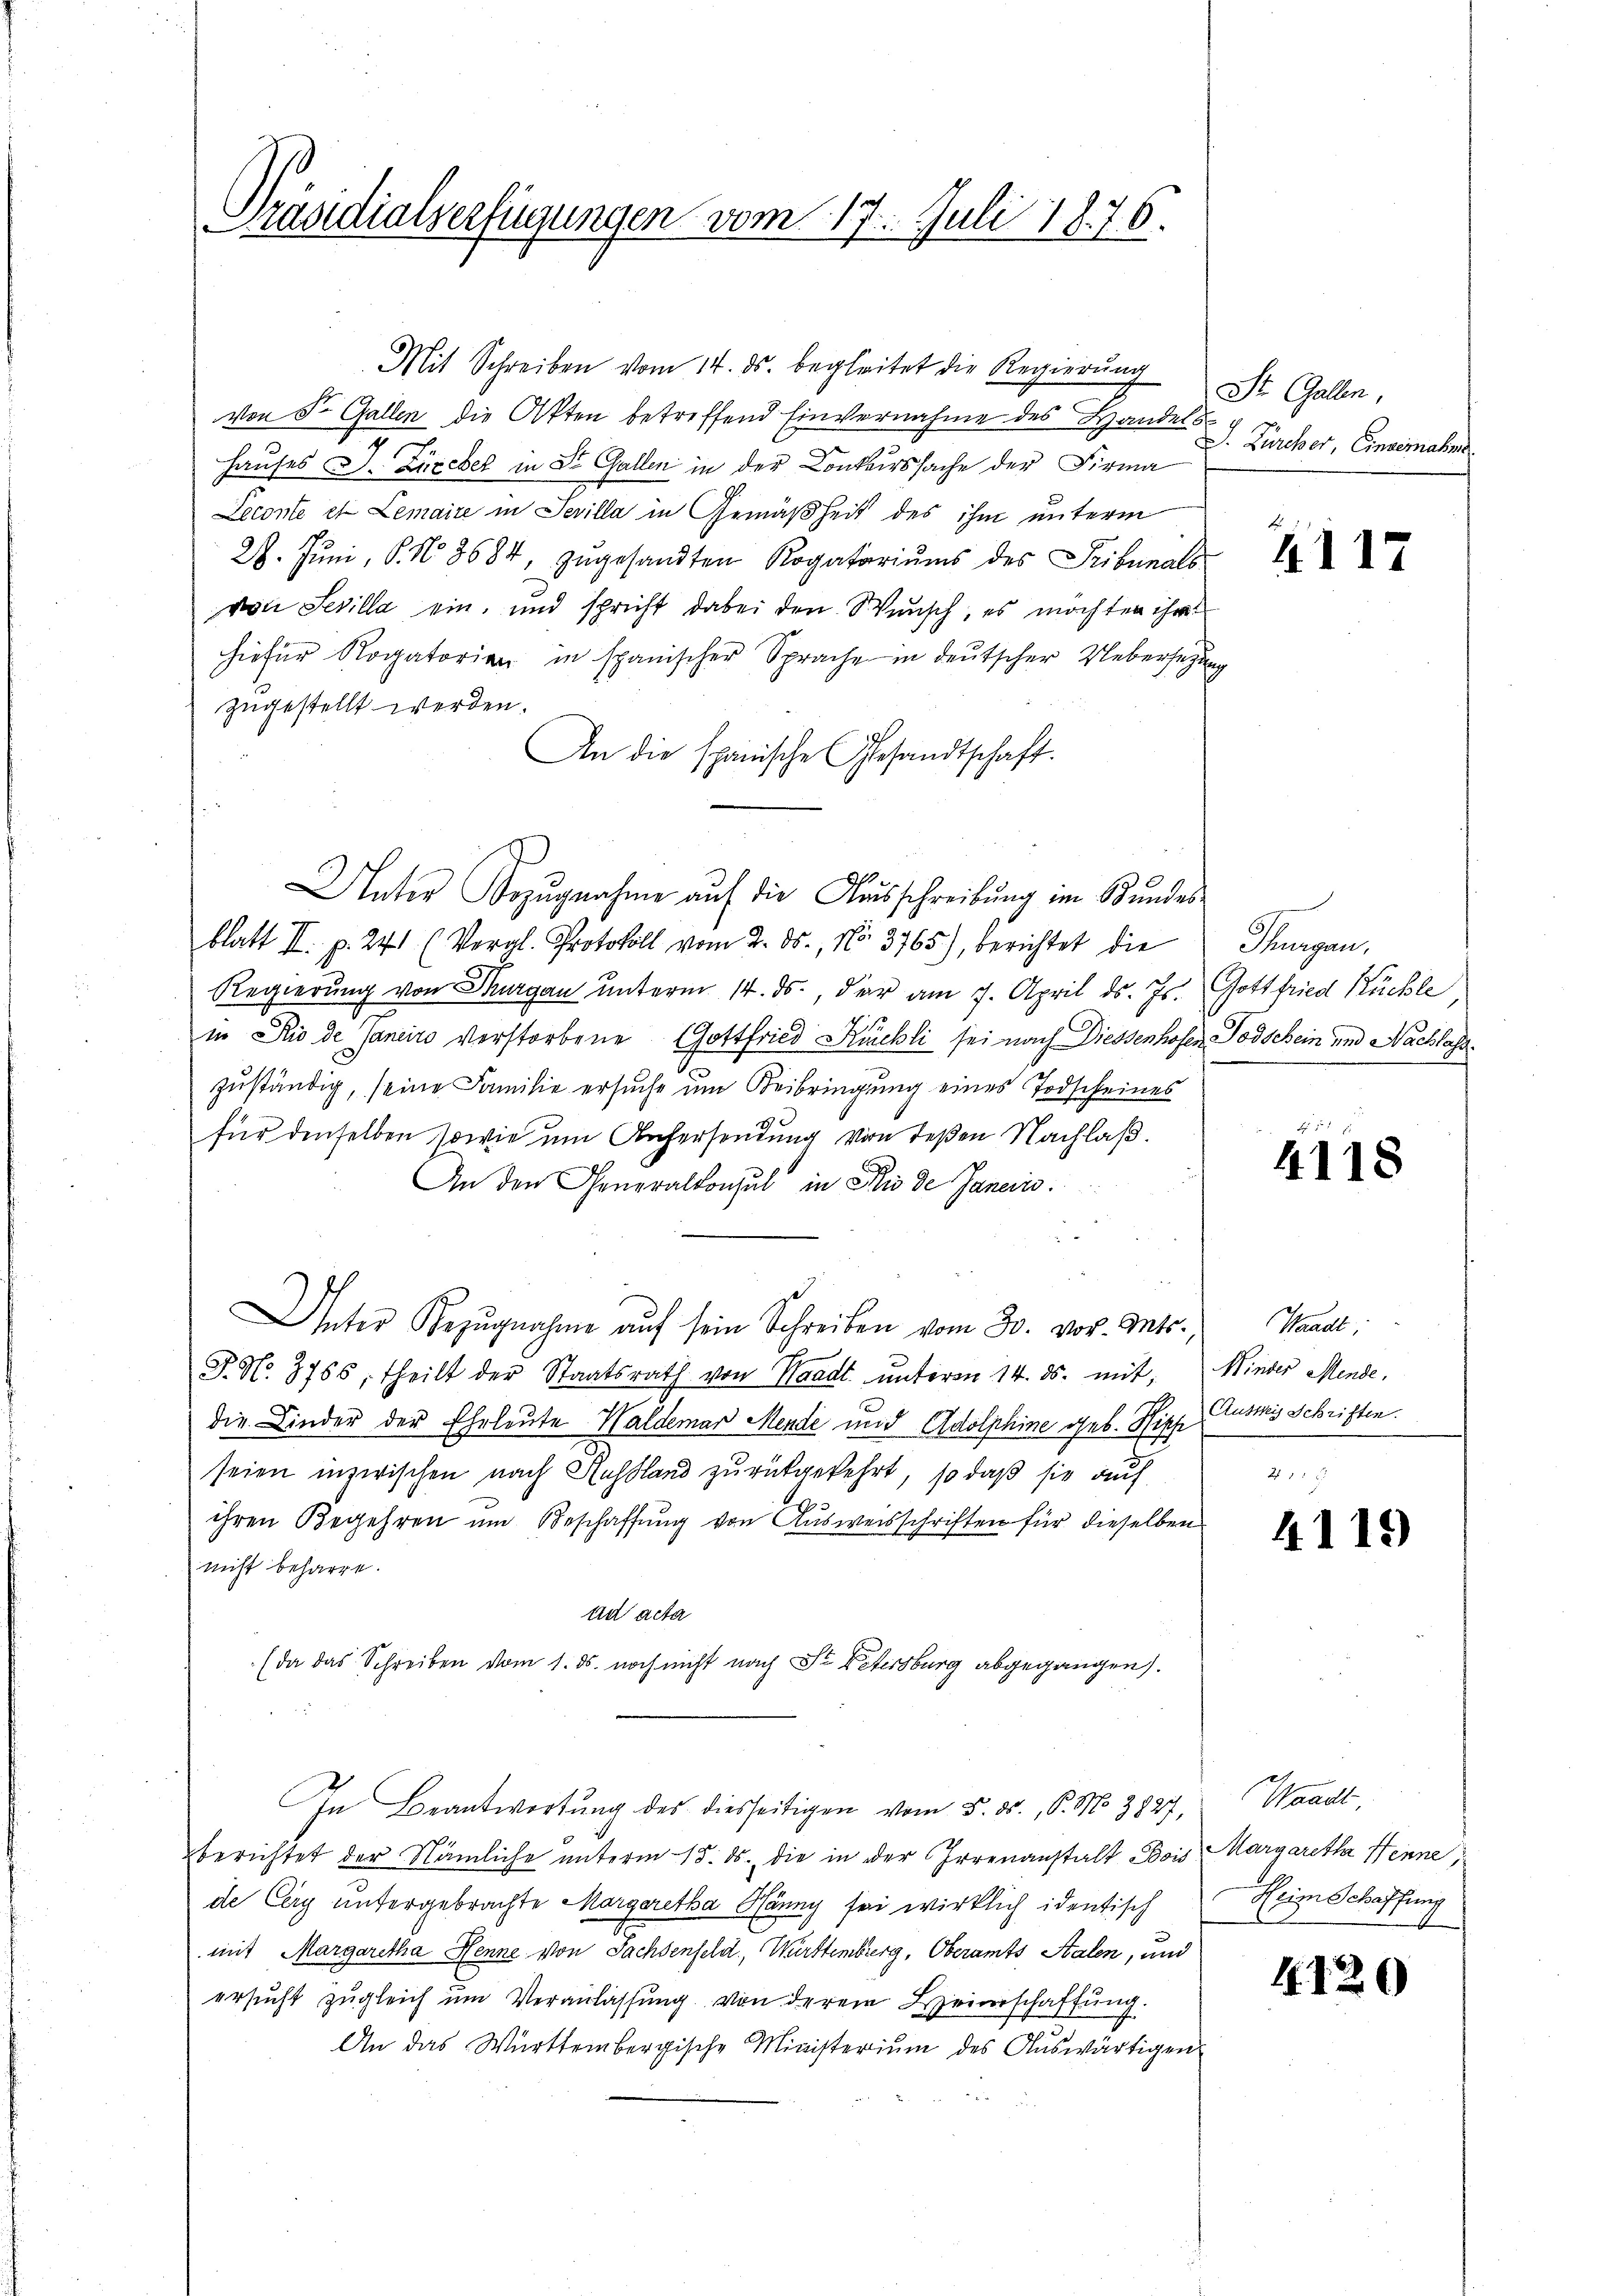
Präsidialverfügungen vom 17. Juli 1876.

Mit Schreiben vom 14. ds. begleitet die Regierung
von S. Gallen die Akten betreffend Einvernahme des Handels
Hauses J. Zürcher in St. Gallen in der Conkurssache der Firma
Leconte et Lemaire in Sevilla in Gemäßheit des ihm unterm
28. Jŭni, P. No. 3684, zŭgesandten Rogatariŭms des Tribunals
von Sevilla ein, und spricht dabei den Wunsch, es möchten ihr
hiefür Rogatorien in spanischer Sprache in deutscher Uebersetzung
zugestellt werden.
An die spanische Gesandtschaft.
Unter Sozŭgnahme auf die Ausschreibung im Kundes-
blatt II. p. 241 (Veral-Protokoll vom 2. ds., No. 3765), berichtet die Thurgau,
Regierung von Sargau unterm 14. ds., der am 7. April d. Js. Gottfried Küchle
in Rio de Janeiro verstorbene Gottfried Kuchli sei nach Diessenhofer Todschein und Nachlass
zuständig, seine Familie ersuche um Beibringung eines Todscheines
für denselben sowie um Aufersendung von deßen Nachlaß.
An den Generalkonsul in die de Janeris
Unter Bezŭgnahme aŭf sein Schreiben vom 30. vor. Mts., Waadt:
J. No. 3785, theilt der Staatsrath von Waadt ŭnterm 14. ds. mit, Minder Mende.
die Kinder der Eheleute Waldemar Mende und Adolphine geb. Hipp Ausweg Schriften.
seien inzwischen nach Russland zurückgekehrt, so daß sie auf
ihren Begehren um Beschaffung von Ausweisschriften für dieselben
nicht beharre.
ad acta
(da das Schreiben vom 1. ds. noch nicht nach St. Petersburg abgegangen.
In Beantwortung des diesseitigen vom 5. ds., P. N. 3827,
r
berichtet der Nämliche unterm 15. ds. die in der Irrenanstalt Bois Margaretha Henne,
de Cery untergebrachte Margaretha Hänny sei wirklich identisch
mit Margaretha Henne von Sachsenfeld, Württemberg, Oberamts Stalen, und
ersucht zugleich um Veranlassung von derem Heimschaffung.
An das Württembergische Ministeriŭm des Aŭswärtigen-

St. Gallen,
J. Zürcher, Einvernahme

4117

4118

4.119)

Waadt
Heim Schaffung

4120